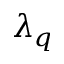
\lambda _ { q }